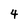
Character: 4